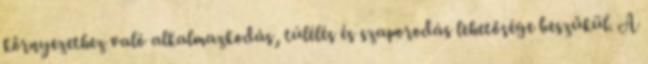
környezethez való alkalmazkodás, túlélés és szaporodás lehetősége beszűkül. A